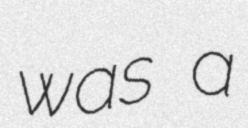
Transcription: was a